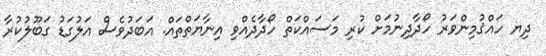
ދިޔ ހައްޤުމިންވަރު ހޯދާދިނުމަށް ކުރި މަސައްކަތް ހޯދާދެއްވި އިނާޔަތްތައް. އަބަދުވެސް އަލުގަޑު ގަބޫލުކުރާ